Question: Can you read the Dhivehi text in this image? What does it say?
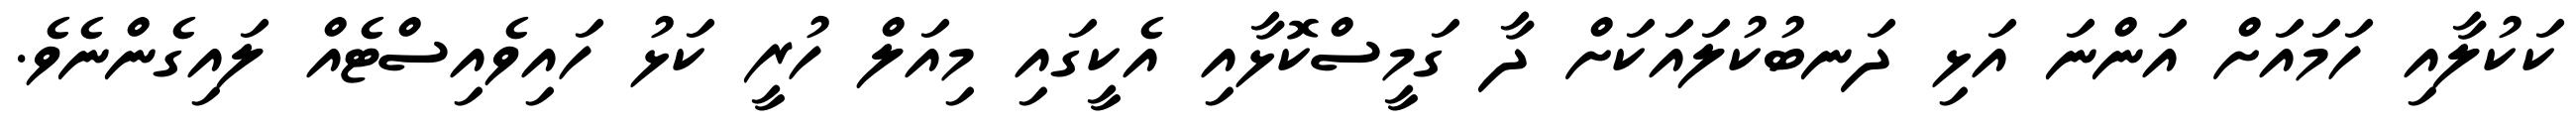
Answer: ކަކުލާއި ހަމައަށް އަންނަ އަޅި ދަނބުކުލައަކަށް ދާ ގަމީސްކޮޅާއި އެކީގައި މިއަލް ހުރީ ކަޅު ހައިވެއިސްޓެއް ލައިގެންނެވެ.